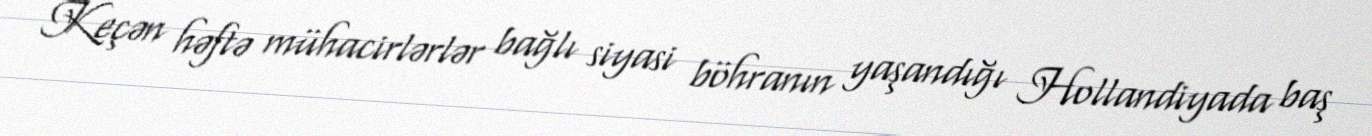
Keçən həftə mühacirlərlər bağlı siyasi böhranın yaşandığı Hollandiyada baş